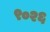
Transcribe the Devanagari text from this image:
९०२६